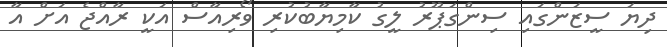
ދިޔަ ސީޒަންގައި ސިންގަޕޫރު ލީގު ކާމިޔާބުކުރި ވޯރިއާސް އަކީ ރާއްޖެ އަށް އާ